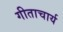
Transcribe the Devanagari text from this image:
गीताचार्य